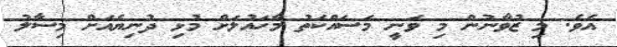
އެވެ. މި ޒުވާނުން މި ވަނީ މަސައްކަތު މާހައުލަށް މުޅި ދުނިޔެއަށް މިސާލު